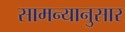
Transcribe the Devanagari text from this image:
सामन्यानुसार